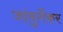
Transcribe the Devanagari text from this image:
जांबुर्गेकर